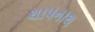
થાપનાથ